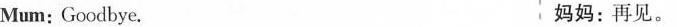
Mum: Goodbye. 妈妈：再见。